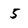
Character: 5